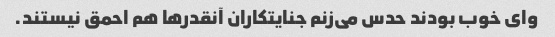
وای خوب بودند حدس می‌زنم جنایتکاران آنقدرها هم احمق نیستند.